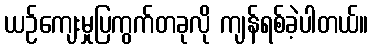
ယဉ်ကျေးမှုပြကွက်တခုလို ကျန်ရစ်ခဲ့ပါတယ်။